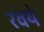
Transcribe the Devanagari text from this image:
रवये